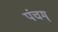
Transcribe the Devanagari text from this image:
पंचम्‌